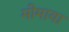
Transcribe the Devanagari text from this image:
मोमाया